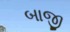
બાજી